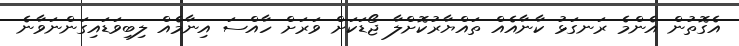
އެގޮތުން އެންމެ ރަނގަޅު ކާނާއެއް ތައްޔާރުކޮށްލާ ޖޯޑަކަށް ވަރަށް ހާއްސަ އިނާމެއް ލިބިވަޑައިގަންނަވާނެ